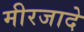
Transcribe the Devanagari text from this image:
मीरजादे